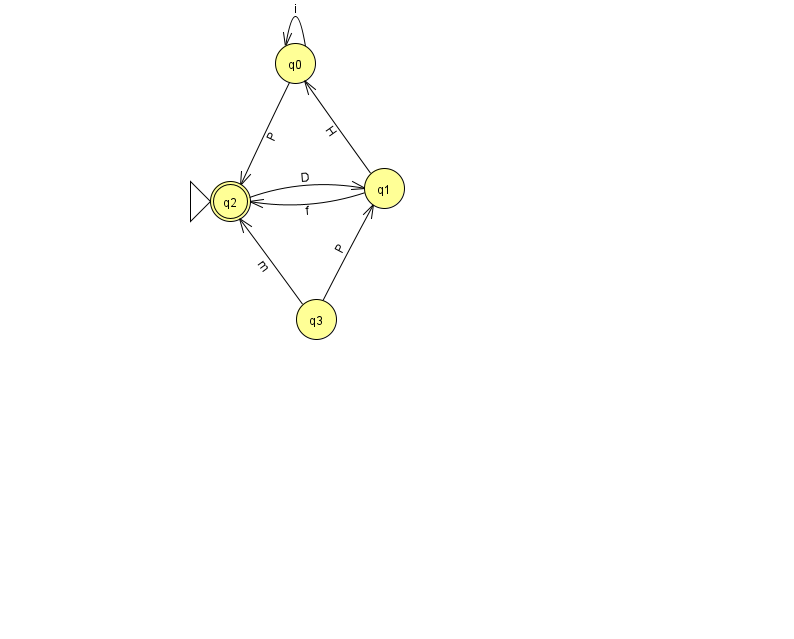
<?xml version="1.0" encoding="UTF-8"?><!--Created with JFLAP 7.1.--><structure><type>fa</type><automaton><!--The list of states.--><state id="0" name="q0"><x>295.0</x><y>50.0</y></state><state id="1" name="q1"><x>384.0</x><y>175.0</y></state><state id="2" name="q2"><x>230.0</x><y>188.0</y><initial/><final/></state><state id="3" name="q3"><x>316.0</x><y>306.0</y></state><!--The list of transitions.--><transition><from>1</from><to>0</to><read>H</read></transition><transition><from>0</from><to>0</to><read>i</read></transition><transition><from>0</from><to>2</to><read>P</read></transition><transition><from>3</from><to>2</to><read>m</read></transition><transition><from>1</from><to>2</to><read>f</read></transition><transition><from>3</from><to>1</to><read>P</read></transition><transition><from>2</from><to>1</to><read>D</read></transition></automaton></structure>